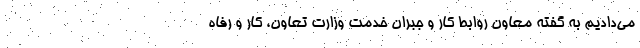
می‌دادیم به گفته معاون روابط کار و جبران خدمت وزارت تعاون، کار و رفاه